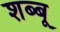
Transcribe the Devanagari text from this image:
शब्बू